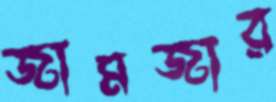
জামজার